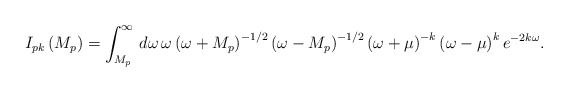
\begin{align*}I_{pk}\left( M_{p}\right) =\int _{M_{p}}^{\infty }\, d\omega \, \omega \left( \omega +M_{p}\right) ^{-1/2}\left( \omega -M_{p}\right) ^{-1/2}\left( \omega +\mu \right) ^{-k}\left( \omega -\mu \right) ^{k}e^{-2k\omega }.\end{align*}